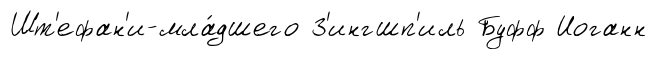
Шт'ефан'и-мла́дшего З'ингшп'иль Буфф Иоганн